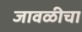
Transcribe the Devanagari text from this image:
जावळीचा